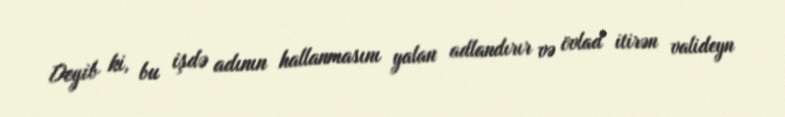
Deyib ki, bu işdə adının hallanmasını yalan adlandırır və övlad itirən valideyn